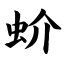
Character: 蚧